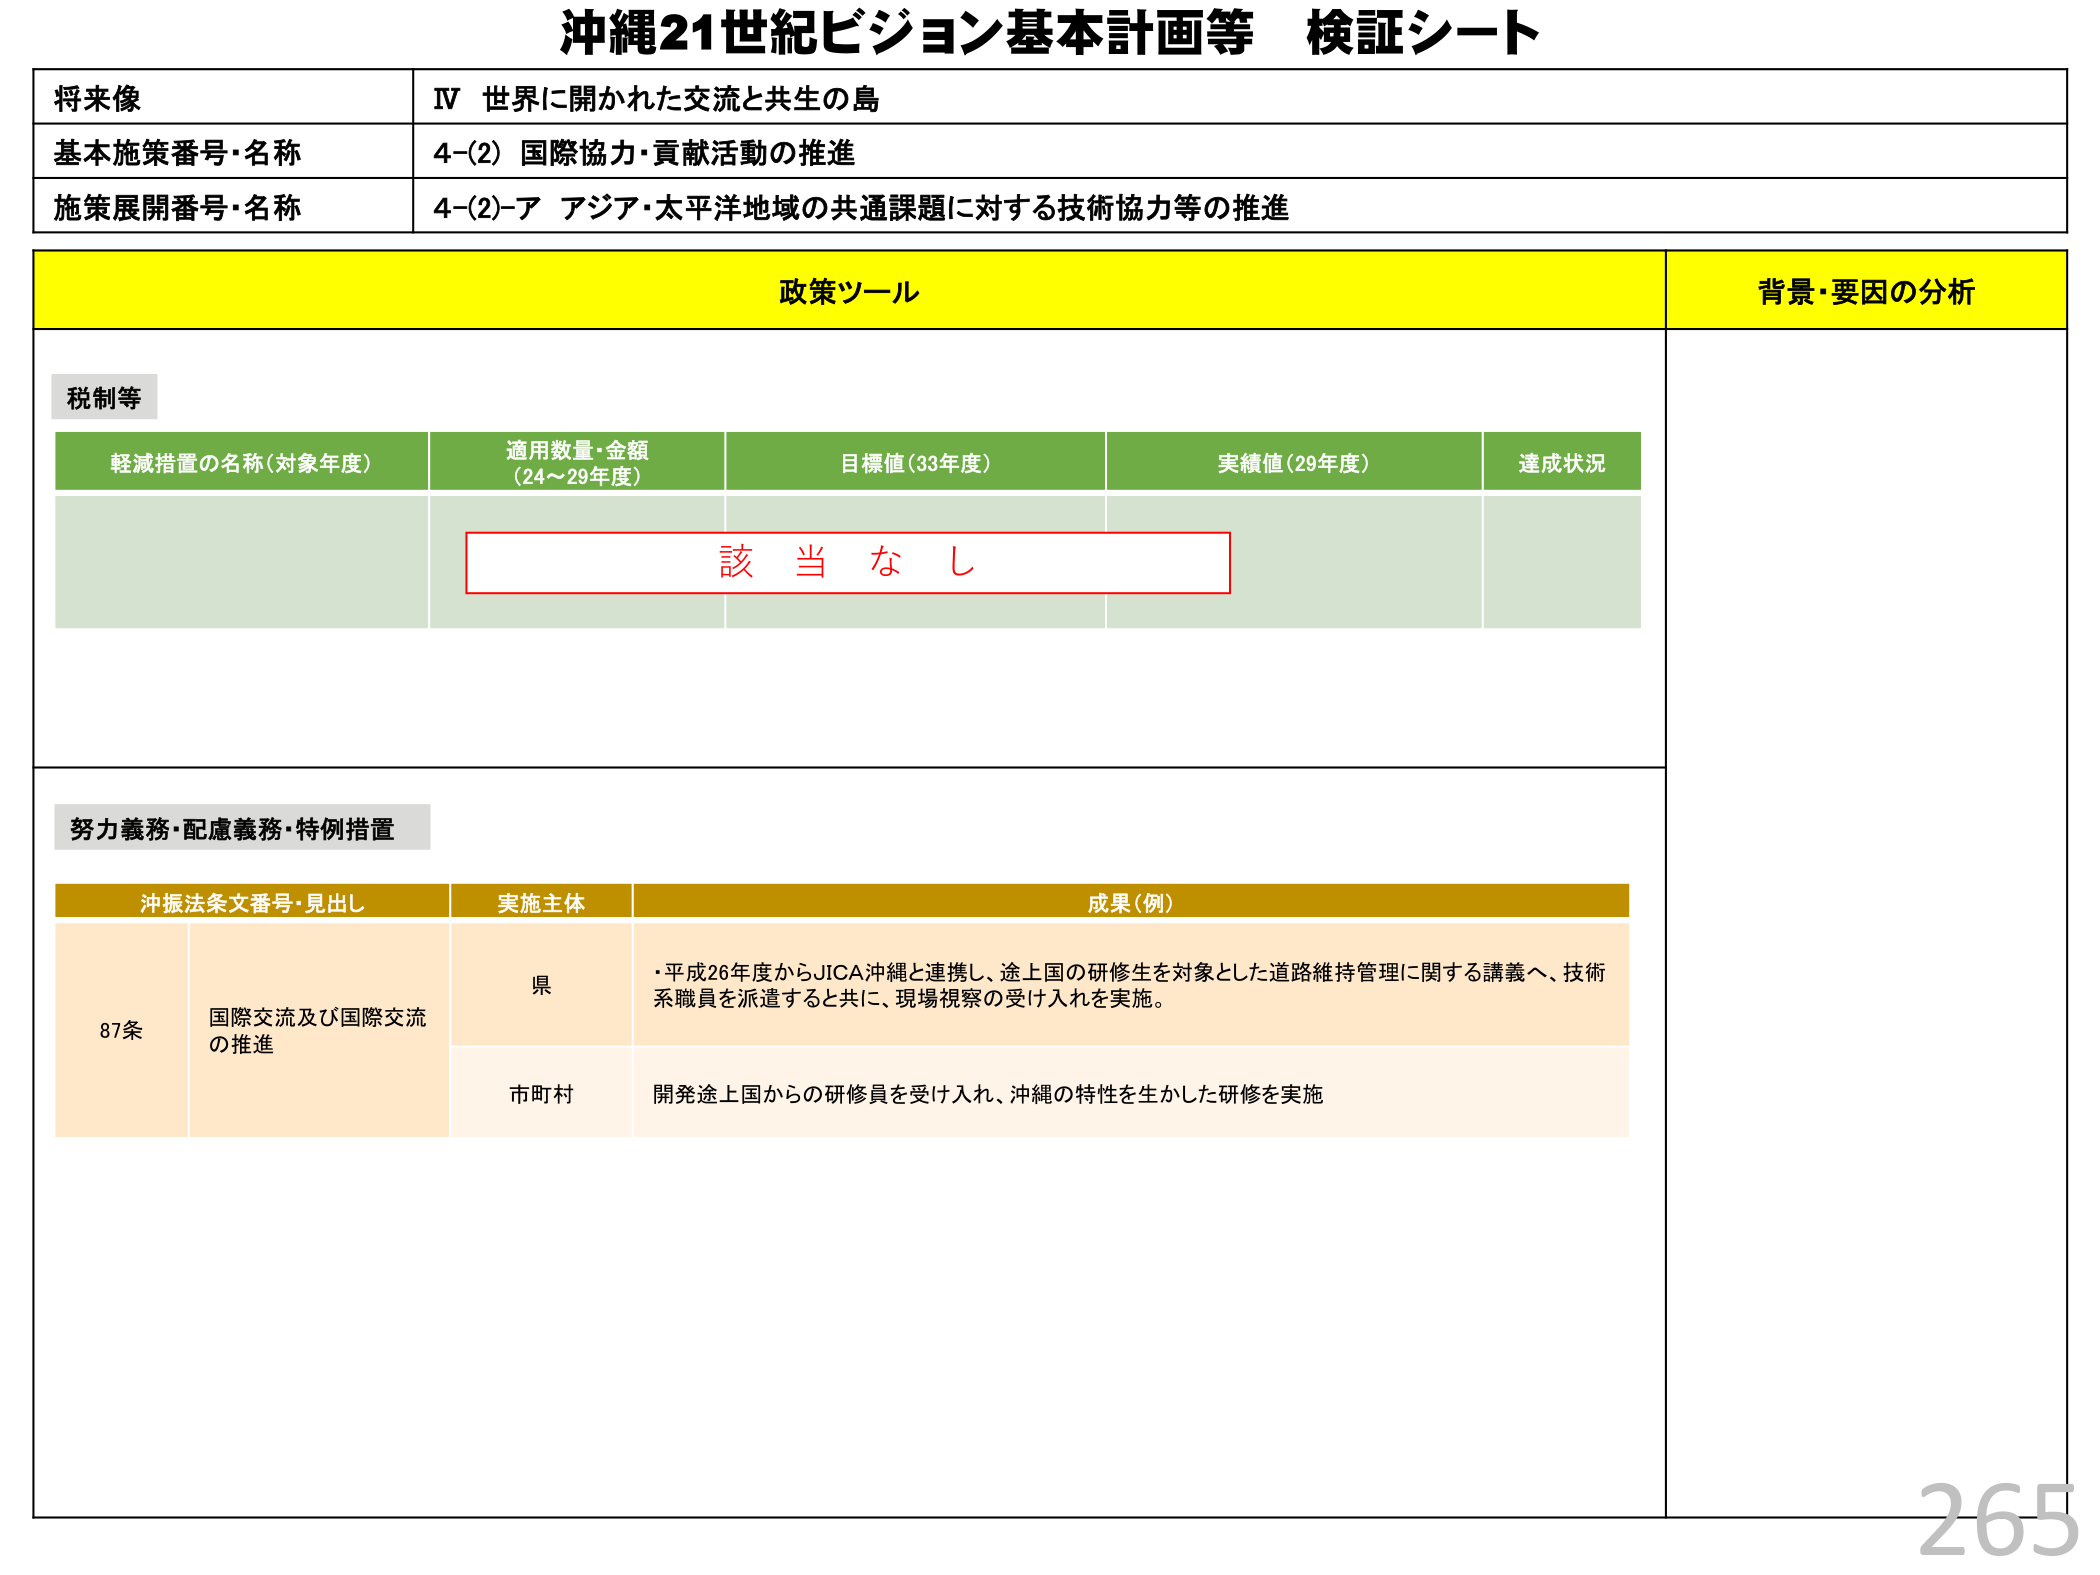
沖縄21世紀ビジョン基本計画等 検証シート

将来像
IV 世界に開かれた交流と共生の島

基本施策番号・名称
4-(2) 国際協力・貢献活動の推進

施策展開番号・名称
4-(2)-ア アジア・太平洋地域の共通課題に対する技術協力等の推進

政策ツール
背景・要因の分析

税制等

軽減措置の名称（対象年度）
適用数量・金額（24～29年度）
目標値（33年度）
実績値（29年度）
達成状況

該当なし

努力義務・配慮義務・特例措置

沖振法条文番号・見出し
実施主体
成果（例）

87条
国際交流及び国際交流の推進
県
・平成26年度からJICA沖縄と連携し、途上国の研修生を対象とした道路維持管理に関する講義へ、技術系職員を派遣すると共に、現場視察の受け入れを実施。

市町村
開発途上国からの研修員を受け入れ、沖縄の特性を生かした研修を実施

265